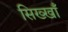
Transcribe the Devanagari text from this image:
सिख्खाँ